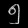
Digit: ၅